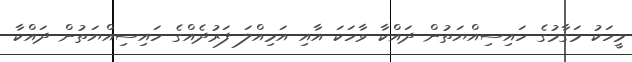
މީހަކު މަގާމުގެ ހައިސިއްޔަތުން ދައްކާ ވާހަކަ އާއި އަމިއްލަ ފަރުދެއްގެ ހައިސިއްޔަތުން ދައްކާ